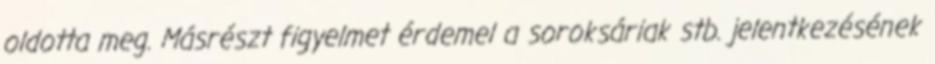
oldotta meg. Másrészt figyelmet érdemel a soroksáriak stb. jelentkezésének